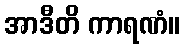
အာဒီတိ ကာရဏံ။